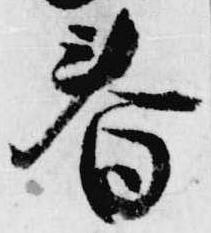
春